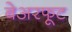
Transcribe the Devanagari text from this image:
बेअरफूट